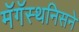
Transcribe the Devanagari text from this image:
मॅगॅस्थनिसने